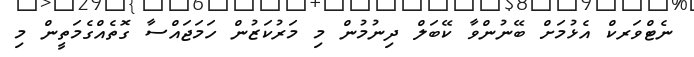
ނެޓްވަރކް އެޅުމަށް ބޭނުންވާ ކޭބަލް ދިނުމުން މި މަރުކަޒުން ހަމަޖައްސާ ގޮތެއްގެމަތީން މި